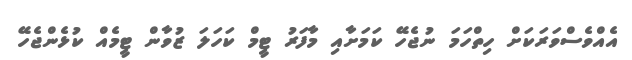
އެއްވެސްވަރަކަށް ހިތްހަމަ ނުޖެހޭ ކަމަށާއި މާފަރު ޓީމް ކަހަލަ ޒުވާން ޓީމެއް ކުޅެންޖެހޭ